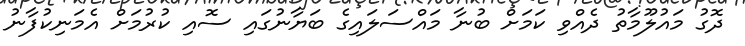
ދޮގު މައުލޫމާތު ދެއްވި ކަމަށް ބުނާ މައްސަލައިގެ ބަޔާނުގައި ސޮއި ކުރުމަށް އެމަނިކުފާނު